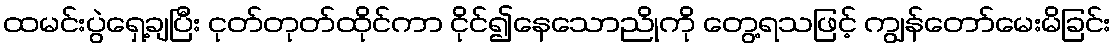
ထမင်းပွဲရှေ့ချပြီး ငုတ်တုတ်ထိုင်ကာ ငိုင်၍နေသောညိုကို တွေ့ရသဖြင့် ကျွန်တော်မေးမိခြင်း